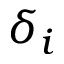
\delta _ { i }